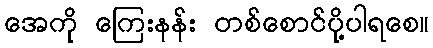
အေကို ကြေးနန်း တစ်စောင်ပို့ပါရစေ။